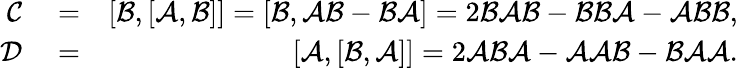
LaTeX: \begin{array}{rlr}{\mathcal{C}}&{{}=}&{[\mathcal{B},[\mathcal{A},\mathcal{B}]]=[\mathcal{B},\mathcal{A}\mathcal{B}-\mathcal{B}\mathcal{A}]=2\mathcal{B}\mathcal{A}\mathcal{B}-\mathcal{B}\mathcal{B}\mathcal{A}-\mathcal{A}\mathcal{B}\mathcal{B},}\\ {\mathcal{D}}&{{}=}&{[\mathcal{A},[\mathcal{B},\mathcal{A}]]=2\mathcal{A}\mathcal{B}\mathcal{A}-\mathcal{A}\mathcal{A}\mathcal{B}-\mathcal{B}\mathcal{A}\mathcal{A}.}\end{array}